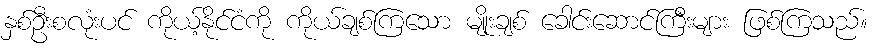
နှစ်ဦးစလုံးပင် ကိုယ့်နိုင်ငံကို ကိုယ်ချစ်ကြသော မျိုးချစ် ခေါင်းဆောင်ကြီးများ ဖြစ်ကြသည်။